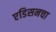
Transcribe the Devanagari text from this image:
एडिसनचा